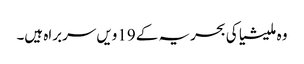
وہ ملیشیا کی بحریہ کے 19ویں سربراہ ہیں۔